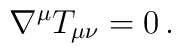
\nabla ^{\mu }T_{\mu \nu }=0\, .